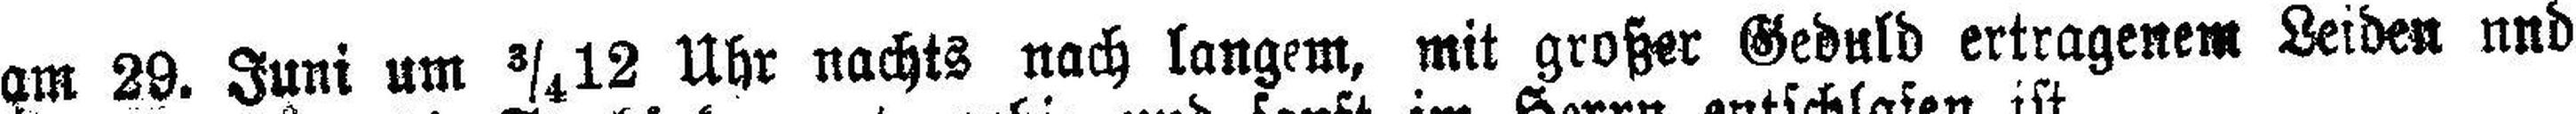
am 29. Juni um ¾ 12 Uhr nachts nach langem, mit großer Geduld ertragenem Leiden und